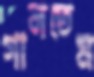
গালতেম